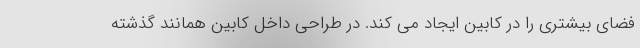
فضای بیشتری را در کابین ایجاد می کند. در طراحی داخل کابین همانند گذشته